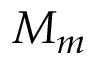
M _ { m }